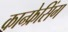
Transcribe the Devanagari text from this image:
कान्फ्रेसिंग